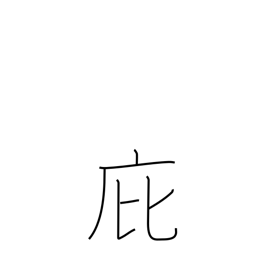
Meaning: penthouse